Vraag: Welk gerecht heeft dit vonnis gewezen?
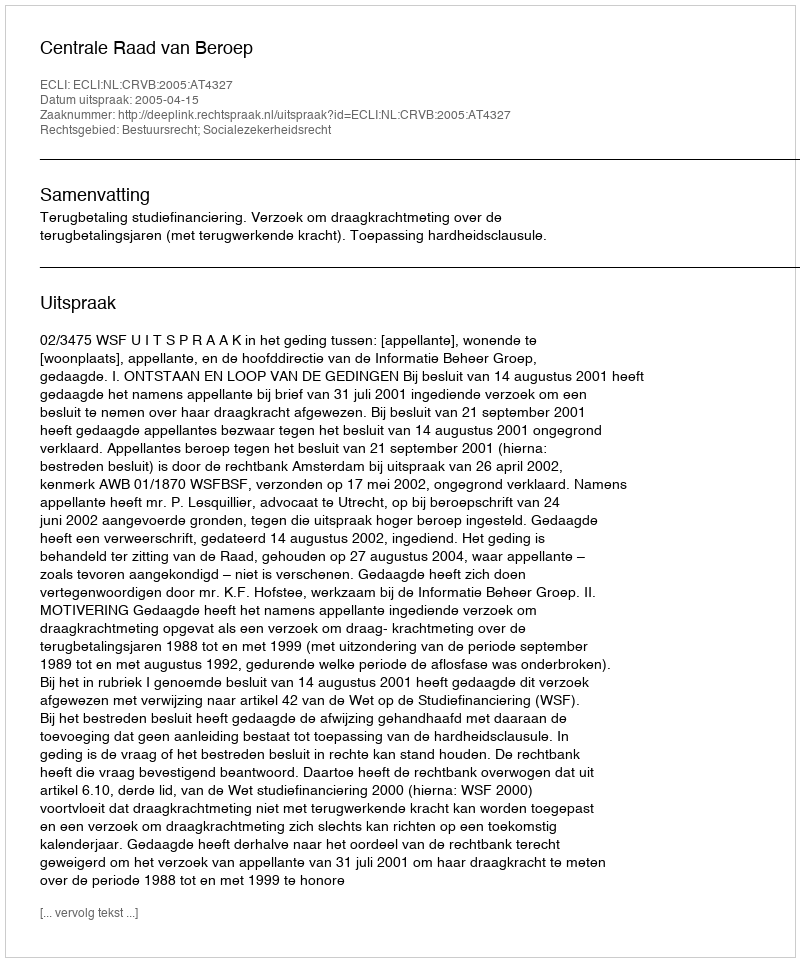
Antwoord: Centrale Raad van Beroep